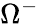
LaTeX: \Omega^{-}